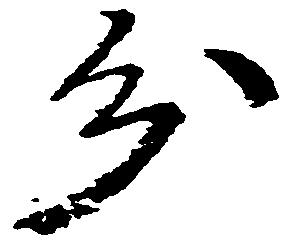
分